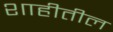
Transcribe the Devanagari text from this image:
शाहीतील